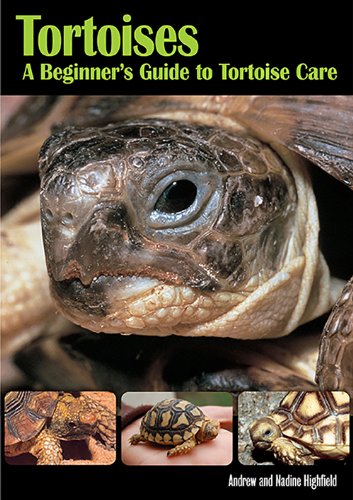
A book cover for Tortoises; Andrew Highfield; Crafts, Hobbies & Home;